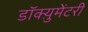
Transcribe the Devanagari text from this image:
डॉक्य़ुमेंटरी